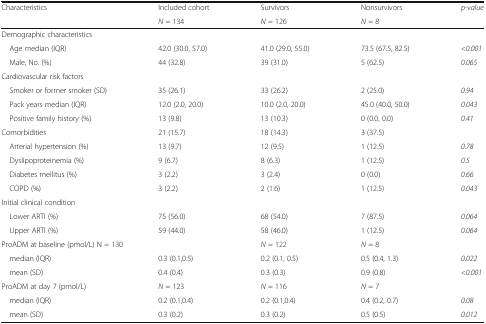
| <ROWSPAN=2> Characteristics | Included cohort | Survivors | Nonsurvivors | p-value |
 | N = 134 | N = 126 | N = 8 |  |
 | --- | --- | --- | --- | --- |
 | <COLSPAN=5> Demographic characteristics |
 | Age median (IQR) | 42.0 (30.0, 57.0) | 41.0 (29.0, 55.0) | 73.5 (67.5, 82.5) | <0.001 |
 | Male, No. (%) | 44 (32.8) | 39 (31.0) | 5 (62.5) | 0.065 |
 | <COLSPAN=5> Cardiovascular risk factors |
 | Smoker or former smoker (SD) | 35 (26.1) | 33 (26.2) | 2 (25.0) | 0.94 |
 | Pack years median (IQR) | 12.0 (2.0, 20.0) | 10.0 (2.0, 20.0) | 45.0 (40.0, 50.0) | 0.043 |
 | Positive family history (%) | 13 (9.8) | 13 (10.3) | 0 (0.0, 0.0) | 0.41 |
 | Comorbidities | 21 (15.7) | 18 (14.3) | 3 (37.5) |  |
 | Arterial hypertension (%) | 13 (9.7) | 12 (9.5) | 1 (12.5) | 0.78 |
 | Dyslipoproteinemia (%) | 9 (6.7) | 8 (6.3) | 1 (12.5) | 0.5 |
 | Diabetes mellitus (%) | 3 (2.2) | 3 (2.4) | 0 (0.0) | 0.66 |
 | COPD (%) | 3 (2.2) | 2 (1.6) | 1 (12.5) | 0.043 |
 | <COLSPAN=5> Initial clinical condition |
 | Lower ARTI (%) | 75 (56.0) | 68 (54.0) | 7 (87.5) | 0.064 |
 | Upper ARTI (%) | 59 (44.0) | 58 (46.0) | 1 (12.5) | 0.064 |
 | <COLSPAN=2> ProADM at baseline (pmol/L) N = 130 | N = 122 | N = 8 |  |
 | median (IQR) | 0.3 (0.1,0.5) | 0.2 (0.1, 0.5) | 0.5 (0.4, 1.3) | 0.022 |
 | mean (SD) | 0.4 (0.4) | 0.3 (0.3) | 0.9 (0.8) | <0.001 |
 | ProADM at day 7 (pmol/L) | N = 123 | N = 116 | N = 7 |  |
 | median (IQR) | 0.2 (0.1,0.4) | 0.2 (0.1,0.4) | 0.4 (0.2, 0.7) | 0.08 |
 | mean (SD) | 0.3 (0.2) | 0.3 (0.2) | 0.5 (0.5) | 0.012 |